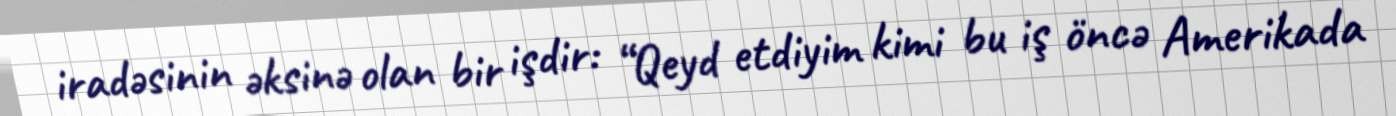
iradəsinin əksinə olan bir işdir: “Qeyd etdiyim kimi bu iş öncə Amerikada